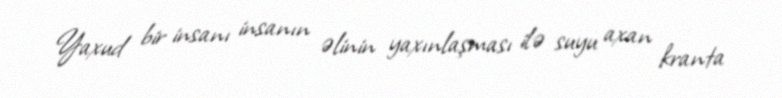
Yaxud bir insanı insanın əlinin yaxınlaşması ilə suyu axan kranta